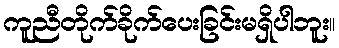
ကူညီတိုက်ခိုက်ပေးခြင်းမရှိပါဘူး။